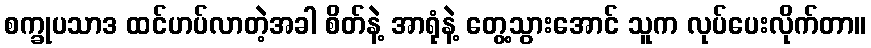
စက္ခုပသာဒ ထင်ဟပ်လာတဲ့အခါ စိတ်နဲ့ အာရုံနဲ့ တွေ့သွားအောင် သူက လုပ်ပေးလိုက်တာ။